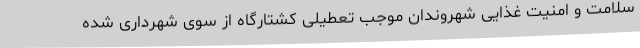
سلامت و امنیت غذایی شهروندان موجب تعطیلی کشتارگاه از سوی شهرداری شده